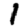
Digit: 1